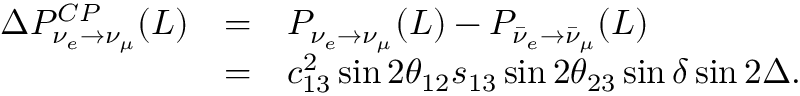
\begin{array} { r c l } { { \Delta P _ { \nu _ { e } \to \nu _ { \mu } } ^ { C P } ( L ) } } & { { = } } & { { P _ { \nu _ { e } \to \nu _ { \mu } } ( L ) - P _ { \bar { \nu } _ { e } \to \bar { \nu } _ { \mu } } ( L ) } } \\ { { } } & { { = } } & { { c _ { 1 3 } ^ { 2 } \sin 2 \theta _ { 1 2 } s _ { 1 3 } \sin 2 \theta _ { 2 3 } \sin \delta \sin 2 \Delta . } } \end{array}